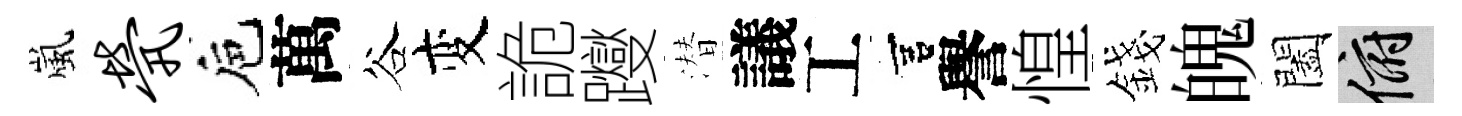
嵐茕巵萬谷变詭躞潜議工宫譽惶錢魄闔俯